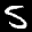
Label: 5